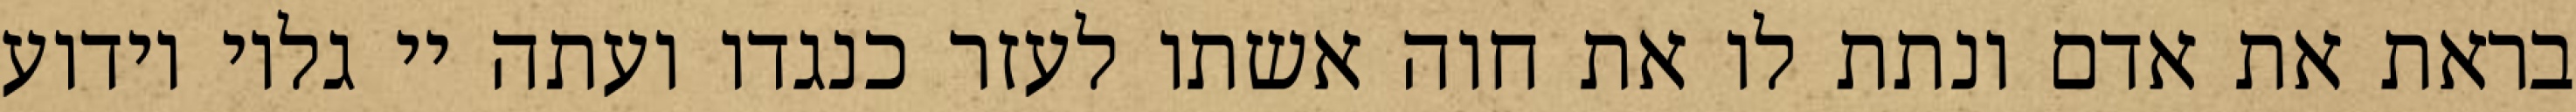
בראת את אדם ונתת לו את חוה אשתו לעזר כנגדו ועתה יי גלוי וידוע